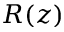
R ( z )